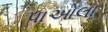
પાઓલા